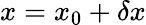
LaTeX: x=x_{0}+\delta x